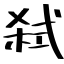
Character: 弑